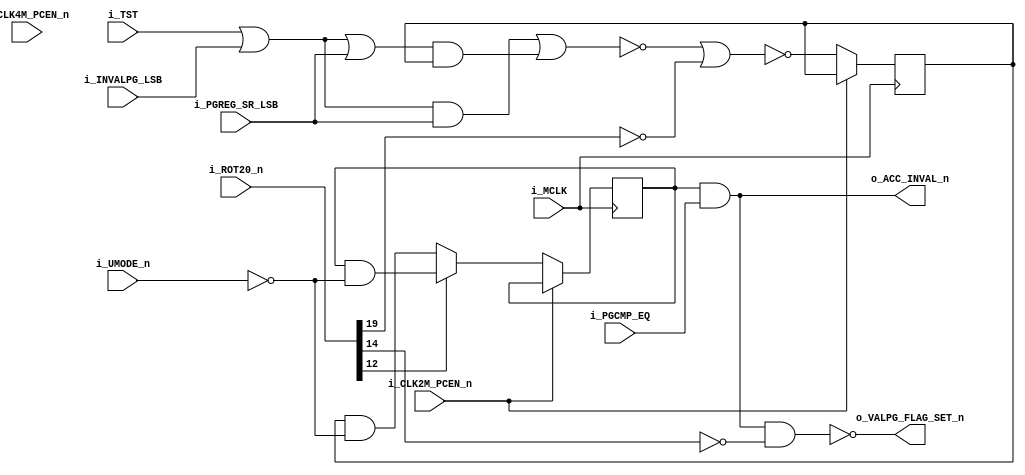
module K005297_invalpgdet
(
    //master clock
    input   wire            i_MCLK,

    //clock enables
    input   wire            i_CLK4M_PCEN_n,
    input   wire            i_CLK2M_PCEN_n,

    //timing
    input   wire    [19:0]  i_ROT20_n,

    //control
    input   wire            i_TST, //test pin(normally 1)
    input   wire            i_PGREG_SR_LSB, //page number shift register's lsb
    input   wire            i_INVALPG_LSB, //invalid page reference point
    input   wire            i_UMODE_n,
    input   wire            i_PGCMP_EQ,

    //output
    output  wire            o_ACC_INVAL_n,
    output  wire            o_VALPG_FLAG_SET_n
);


///////////////////////////////////////////////////////////
////// INVALID PAGE DETECTOR
////

//invalid page
reg             invalid_page = 1'b0;
reg             access_invalid_n = 1'b1;

always @(posedge i_MCLK) begin
    if(!i_CLK2M_PCEN_n) begin
        //TST3 = 1: eq 0
        //TST3 = 0: gte INVALPG
        invalid_page <= ~(~(((i_TST | i_INVALPG_LSB) & i_PGREG_SR_LSB) | ((i_TST | i_INVALPG_LSB | i_PGREG_SR_LSB) & invalid_page)) | ~i_ROT20_n[19]);

        access_invalid_n <= (i_ROT20_n[12] == 1'b0) ? (invalid_page & ~i_UMODE_n) : (access_invalid_n & ~i_UMODE_n);
    end
end

assign  o_ACC_INVAL_n = access_invalid_n & i_PGCMP_EQ;
assign  o_VALPG_FLAG_SET_n = ~(o_ACC_INVAL_n & ~i_ROT20_n[14]);


endmodule